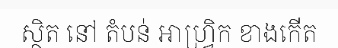
ស្ថិត នៅ តំបន់ អាហ្វ្រិក ខាងកើត